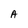
Character: a